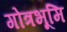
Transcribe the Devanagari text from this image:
गोत्रभूमि